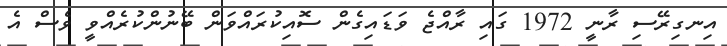
އިނގިރޭސި ރާނީ 1972 ގައި ރާއްޖެ ވަޑައިގެން ސޮއިކުރައްވަން ބޭނުންކުރެއްވީ ވެސް އެ